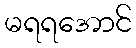
မရရအောင်